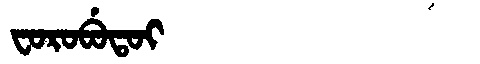
Manchu: ᠸᠣᡵᠣᠪᡠᡨᠣᡳ
Romanization: FOROBUTOI